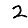
Digit: 2